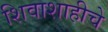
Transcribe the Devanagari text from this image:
शिवाशाहीचे